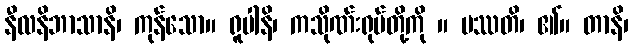
နီလနိဘာသာနိ၊ ကုန်သော။ ရူပါနိ၊ ကသိုဏ်းရုပ်တို့ကို ။ ပဿတိ၊ ၏။ တာနိ၊